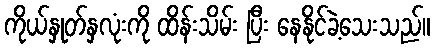
ကိုယ်နှုတ်နှလုံးကို ထိန်းသိမ်း ပြီး နေနိုင်ခဲ့သေးသည်။